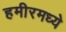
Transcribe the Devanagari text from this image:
हमीरमध्ये